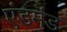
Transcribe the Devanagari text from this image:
एंडमंड